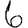
Digit: 6